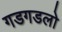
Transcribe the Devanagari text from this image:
गडगडलो